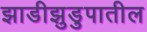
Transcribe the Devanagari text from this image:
झाडीझुडुपातील